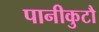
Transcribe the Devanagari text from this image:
पानीकुटौ